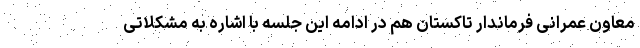
معاون عمرانی فرماندار تاکستان هم در ادامه این جلسه با اشاره به مشکلاتی